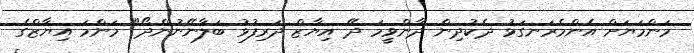
މަންމަޔަށް އެންމެރަނގަޅު ދެކުދިން ދާންވީމަ ދޭ އިޔާޒް ދަރިފުޅު ބަލާނޭނުންދޯ" މަންމަ އިޔާޒްގެ